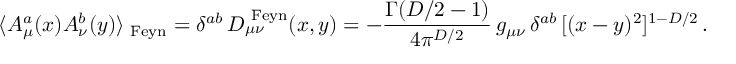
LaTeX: \langle A _ { \mu } ^ { a } ( x ) A _ { \nu } ^ { b } ( y ) \rangle _ { \mathrm { \scriptsize ~ F e y n } } = \delta ^ { a b } \, D _ { \mu \nu } ^ { \mathrm { \scriptsize ~ F e y n } } ( x , y ) = - { \frac { \Gamma ( D / 2 - 1 ) } { 4 \pi ^ { D / 2 } } } \, g _ { \mu \nu } \, \delta ^ { a b } \, [ ( x - y ) ^ { 2 } ] ^ { 1 - D / 2 } \, .